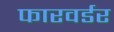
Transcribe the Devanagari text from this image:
फारवर्डर